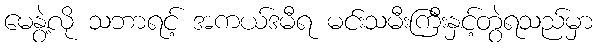
မေနွဲ့လို သဘာရင့် အကယ်ဒမီရ မင်းသမီးကြီးနှင့်တွဲရသည်မှာ